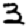
Digit: 3